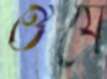
ঔযে